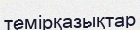
темірқазықтар